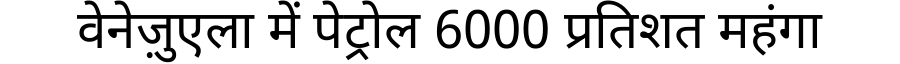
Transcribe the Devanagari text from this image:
वेनेज़ुएला में पेट्रोल 6000 प्रतिशत महंगा